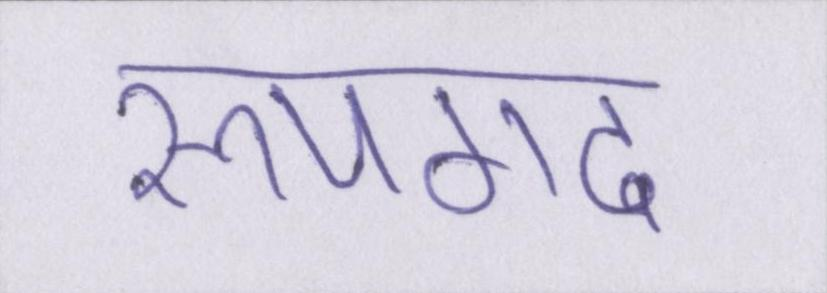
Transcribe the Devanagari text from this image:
रूपगढ